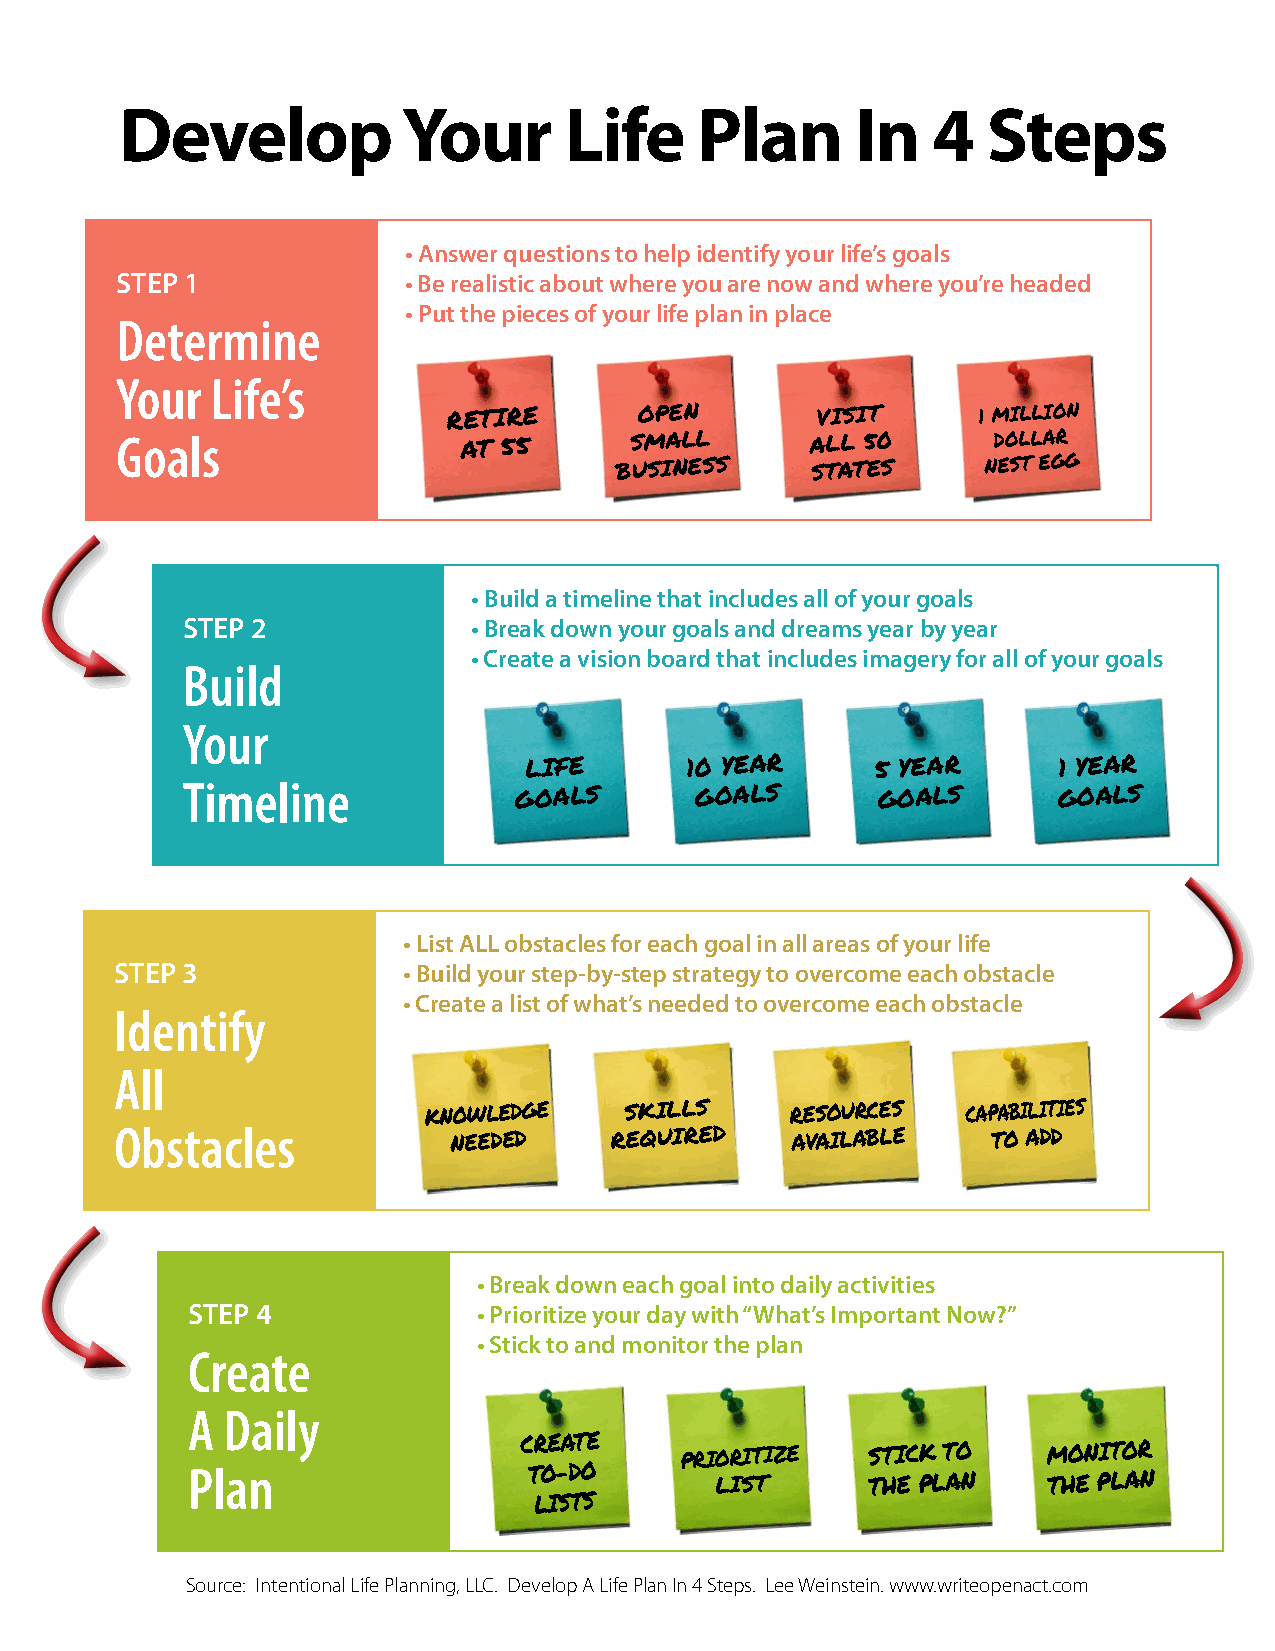
Develop            Your      Life     Plan       In   4  Steps
 • Answer questions to help identify your life’s goals
 STEP 1             • Be realistic about where you are now and where you’re headed
 • Put the pieces of your life plan in place
 Determine
 Your  Life’s
 RETIRE      OPEN        VISIT      1 MILLION
 Goals                  AT 55      SMALL       ALL 50      DOLLAR
 BUSINESS     STATES     NEST EGG
 • Build a timeline that includes all of your goals
 STEP 2             • Break down your goals and dreams year by year
 • Create a vision board that includes imagery for all of your goals
 Build
 Your
 LIFE       10 YEAR     5 YEAR      1 YEAR
 Timeline              GOALS       GOALS       GOALS       GOALS
 • List ALL obstacles for each goal in all areas of your life
 STEP 3             • Build your step-by-step strategy to overcome each obstacle
 • Create a list of what’s needed to overcome each obstacle
 Identify
 All
 KNOWLEDGE    SKILLS     RESOURCES   CAPABILITIES
 Obstacles             NEEDED    REQUIRED    AVAILABLE     TO ADD
 • Break down each goal into daily activities
 STEP 4              • Prioritize your day with “What’s Important Now?”
 • Stick to and monitor the plan
 Create
 A  Daily
 CREATE
 PRIORITIZE   STICK TO   MONITOR
 Plan                   TO-DO       LIST       THE PLAN   THE PLAN
 LISTS
 Source: Intentional Life Planning, LLC. Develop A Life Plan In 4 Steps. Lee Weinstein. www.writeopenact.com